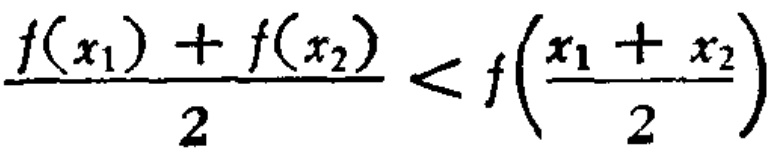
\frac{f(x_1)+f(x_2)}{2}<f\left(\frac{x_1 + x_2}{2}\right)